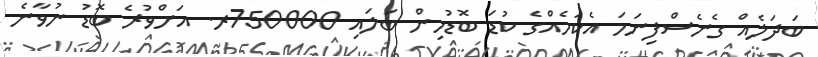
ބަދަލެއް ގެނެސްފިނަމަ އެކަމެއްގެ ކުޑަ ބޮޑުމިން ބަލައި 750000ރ. އަށްވުރެ ބޮޑު ނުވާނެ